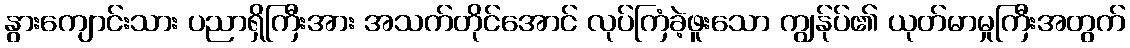
နွားကျောင်းသား ပညာရှိကြီးအား အသက်တိုင်အောင် လုပ်ကြံခဲ့ဖူးသော ကျွန်ုပ်၏ ယုတ်မာမှုကြီးအတွက်